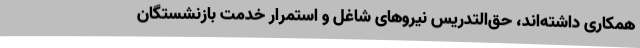
همکاری داشته‌اند، حق‌التدریس نیروهای شاغل و استمرار خدمت بازنشستگان